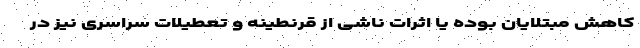
کاهش مبتلایان بوده یا اثرات ناشی از قرنطینه و تعطیلات سراسری نیز در